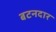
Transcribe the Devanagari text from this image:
बटनदार